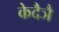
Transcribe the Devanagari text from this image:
केदैञै